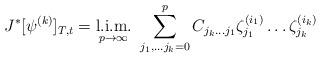
LaTeX: \begin{align*}J^{*}[\psi^{(k)}]_{T,t}=\hbox{\vtop{\offinterlineskip\halign{\hfil#\hfil\cr{\rm l.i.m.}\cr$\stackrel{}{{}_{p\to \infty}}$\cr}} }\sum\limits_{j_1, \ldots j_k=0}^{p}C_{j_k \ldots j_1}\zeta_{j_1}^{(i_1)}\ldots\zeta_{j_k}^{(i_k)}\end{align*}